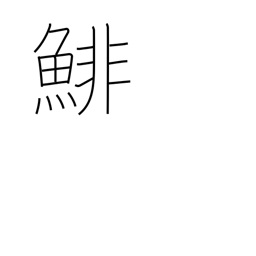
Meaning: herring